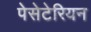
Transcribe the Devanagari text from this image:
पेसेटेरियन